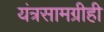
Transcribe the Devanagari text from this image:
यंत्रसामग्रीही